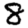
Digit: 8